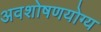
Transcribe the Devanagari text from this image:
अवशोषणयोग्य